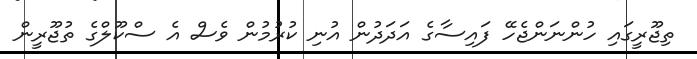
ތިޖޫރީގައި ހުންނަންޖެހޭ ފައިސާގެ އަދަދުން އުނި ކުރުމުން ވެސް އެ ސްކޫލްގެ ތުޖޫރީން